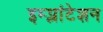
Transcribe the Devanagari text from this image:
इम्प्लांटेशन